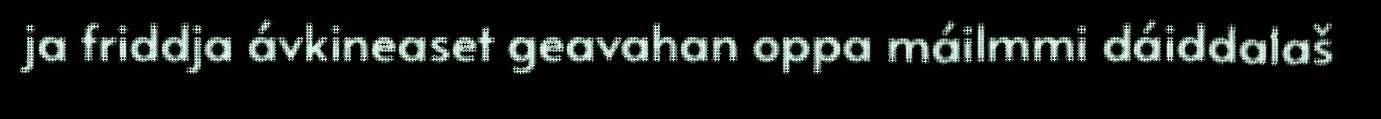
ja friddja ávkineaset geavahan oppa máilmmi dáiddalaš